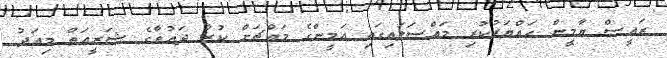
ރައީސް ޔާމީން ހައްޔަރުކުރި މައްސަލައިގައި އަމީންގެ މައްޗަށް ކުރާ ދައުވާގެ ޝަރީއަތް މިއަދު